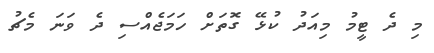
މި ދެ ޓީމު މިއަދު ކުޅޭ ގޮތަށް ހަމަޖެއްސި ދެ ވަނަ މެޗު